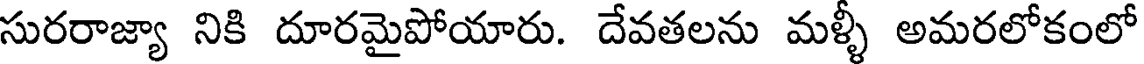
సురరాజ్యా నికి దూరమైపోయారు. దేవతలను మళ్ళీ అమరలోకంలో